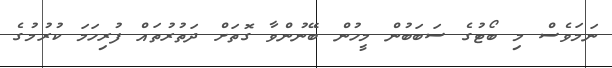
ނަމަވެސް މި ބޯޓުގެ ސަބަބުން މީހުން ބޭނުންވާ ގޮތަށް ދަތުރުތައް ފުރިހަމަ ކުރުމުގެ